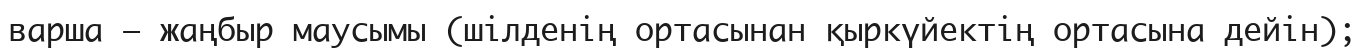
варша — жаңбыр маусымы (шілденің ортасынан қыркүйектің ортасына дейін);